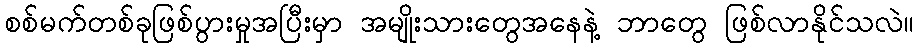
စစ်မက်တစ်ခုဖြစ်ပွားမှုအပြီးမှာ အမျိုးသားတွေအနေနဲ့ ဘာတွေ ဖြစ်လာနိုင်သလဲ။